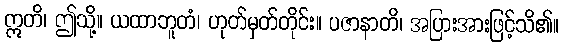
ဣတိ၊ ဤသို့။ ယထာဘူတံ၊ ဟုတ်မှတ်တိုင်း။ ပဇာနာတိ၊ အပြားအားဖြင့်သိ၏။